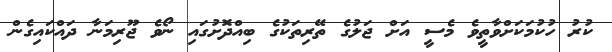
ކުރު ހުކުމަކަށްވާތީވެ މެސީ އަށް ޖަލުގެ ތޭރިތަކުގެ ބިއްދޮށުގައި ނޯވެ ޖޫރިމަނާ ދައްކައިގެން